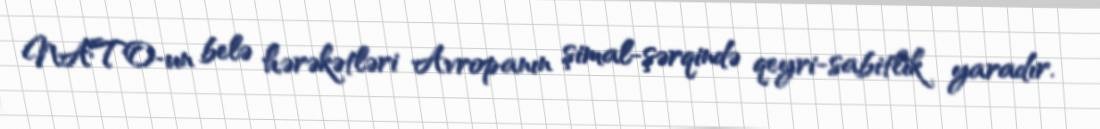
NATO-un belə hərəkətləri Avropanın şimal-şərqində qeyri-sabitlik yaradır.